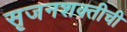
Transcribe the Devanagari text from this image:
सृजनशक्तीची